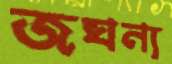
জঘন্য